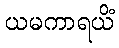
ယမကာရယိံ